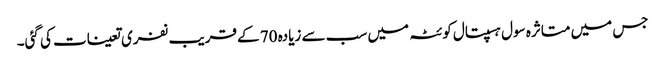
جس میں متاثرہ سول ہسپتال کوئٹہ میں سب سے زیادہ 70 کے قریب نفری تعینات کی گئی۔